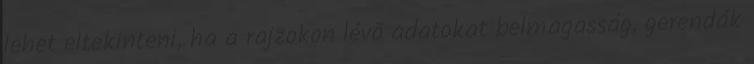
lehet eltekinteni, ha a rajzokon lévõ adatokat belmagasság, gerendák